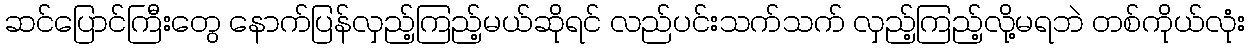
ဆင်ပြောင်ကြီးတွေ နောက်ပြန်လှည့်ကြည့်မယ်ဆိုရင် လည်ပင်းသက်သက် လှည့်ကြည့်လို့မရဘဲ တစ်ကိုယ်လုံး